Indian journal of veterinary science and animal husbandry - Volume 11,
Year: 1941
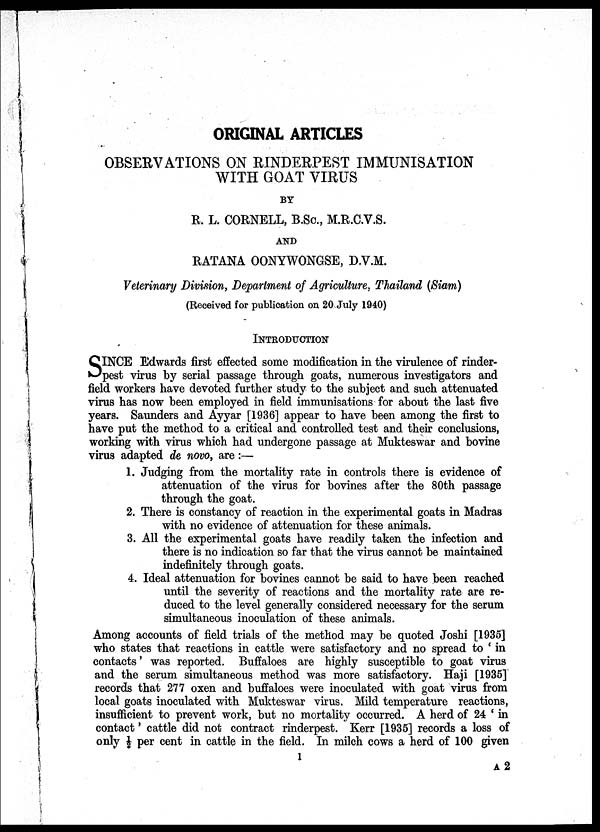
ORIGINAL ARTICLES
OBSERVATIONS ON RINDERPEST IMMUNISATION
WITH GOAT VIRUS
BY
R. L. CORNELL, B.Sc., M.R.C.V.S.
AND
RATANA OONYWONGSE, D.V.M.
Veterinary Division, Department of Agriculture, Thailand (Siam)
(Received for publication on 20 July 1940)
INTRODUCTION
S INCE Edwards first effected some modification in the virulence of rinder-
pest virus by serial passage through goats, numerous investigators and
field workers have devoted further study to the subject and such attenuated
virus has now been employed in field immunisations for about the last five
years. Saunders and Ayyar [1936] appear to have been among the first to
have put the method to a critical and controlled test and their conclusions,
working with virus which had undergone passage at Mukteswar and bovine
virus adapted de novo, are:—
1. Judging from the mortality rate in controls there is evidence of
attenuation of the virus for bovines after the 80th passage
through the goat.
2. There is constancy of reaction in the experimental goats in Madras
with no evidence of attenuation for these animals.
3. All the experimental goats have readily taken the infection and
there is no indication so far that the virus cannot be maintained
indefinitely through goats.
4. Ideal attenuation for bovines cannot be said to have been reached
until the severity of reactions and the mortality rate are re-
duced to the level generally considered necessary for the serum
simultaneous inoculation of these animals.
Among accounts of field trials of the method may be quoted Joshi [1935]
who states that reactions in cattle were satisfactory and no spread to ' in
contacts' was reported. Buffaloes are highly susceptible to goat virus
and the serum simultaneous method was more satisfactory. Haji [1935]
records that 277 oxen and buffaloes were inoculated with goat virus from
local goats inoculated with Mukteswar virus. Mild temperature reactions,
insufficient to prevent work, but no mortality occurred. A herd of 24 ' in
contact' cattle did not contract rinderpest. Kerr [1935] records a loss of
only ½ per cent in cattle in the field. In milch cows a herd of 100 given
1
A 2